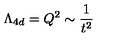
\Lambda _ { 4 d } = Q ^ { 2 } \sim \frac { 1 } { t ^ { 2 } }